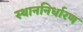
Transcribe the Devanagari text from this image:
स्थाननिर्धारण